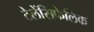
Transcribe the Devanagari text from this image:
टेलेंसिफेलिक